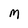
Character: M